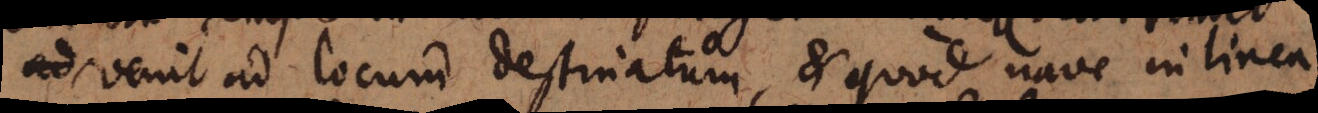
ad venit ad locum destinatum, et quod nave in linea